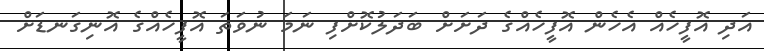
އަދި އޮފީހެއް އެހެން އޮފީހެއްގެ ދަށަށް ބަދަލުކޮށްފި ނަމަ ނުވަތަ އޮފީހެއްގެ އޮނިގަނޑަށް